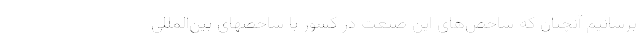
برسانیم آنچنان که شاخص‌های این صنعت در کشور با شاخصهای بین‌المللی